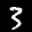
Label: 3